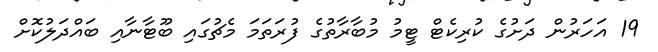
19 އަހަރުން ދަށުގެ ކުރިކެޓް ޓީމު މުބާރާތުގެ ފުރަތަމަ މެޗުގައި ބޫޓާނާއި ބައްދަލުކޮށް